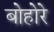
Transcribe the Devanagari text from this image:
बोहोरे